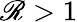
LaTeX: \mathscr{R}>1